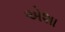
એશા